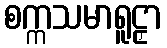
စက္ကသမာရူဠှာ